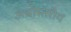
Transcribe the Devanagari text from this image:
अधोस्तरीय